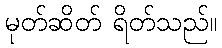
မုတ်ဆိတ် ရိတ်သည်။